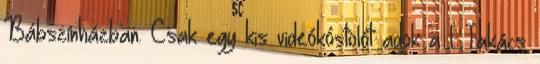
Bábszínházban. Csak egy kis videókóstolót adok a l. Takács